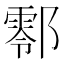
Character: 𨞖